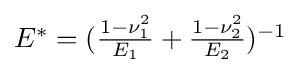
{\textstyle E^{*}=({\frac {1-\nu _{1}^{2}}{E_{1}}}+{\frac {1-\nu _{2}^{2}}{E_{2}}})^{-1}}